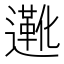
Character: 𬩑